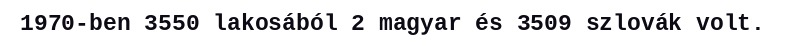
1970-ben 3550 lakosából 2 magyar és 3509 szlovák volt.